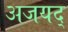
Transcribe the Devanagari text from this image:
अजयद्